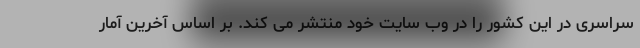
سراسری در این کشور را در وب سایت خود منتشر می کند. بر اساس آخرین آمار